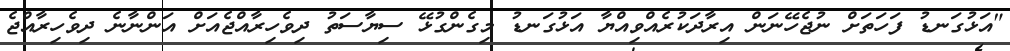
"އަޅުގަނޑު ފަހަތަށް ނުޖެހޭނަން އިރާދަކުރެއްވިއްޔާ އަޅުގަނޑު މިގެންގުޅޭ ސިޔާސަތު ދިވެހިރާއްޖެއަށް އަންނާނެ ދިވެހިރާއްޖެ